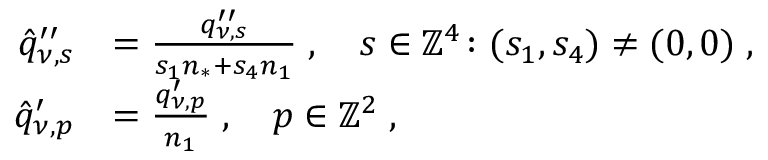
\begin{array} { r l } { \hat { q } _ { \nu , s } ^ { \prime \prime } } & { = \frac { q _ { \nu , s } ^ { \prime \prime } } { s _ { 1 } n _ { * } + s _ { 4 } n _ { 1 } } \; , \quad s \in \mathbb { Z } ^ { 4 } \colon ( s _ { 1 } , s _ { 4 } ) \neq ( 0 , 0 ) \; , } \\ { \hat { q } _ { \nu , p } ^ { \prime } } & { = \frac { q _ { \nu , p } ^ { \prime } } { n _ { 1 } } \; , \quad p \in \mathbb { Z } ^ { 2 } \; , } \end{array}